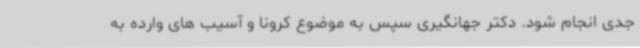
جدی انجام شود. دکتر جهانگیری سپس به موضوع کرونا و آسیب های وارده به